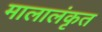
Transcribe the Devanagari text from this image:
मालालंकृत